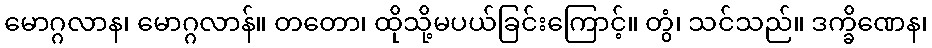
မောဂ္ဂလာန၊ မောဂ္ဂလာန်။ တတော၊ ထိုသို့မပယ်ခြင်းကြောင့်။ တွံ၊ သင်သည်။ ဒက္ခိဏေန၊